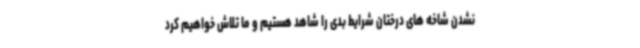
نشدن شاخه های درختان شرایط بدی را شاهد هستیم و ما تلاش خواهیم کرد